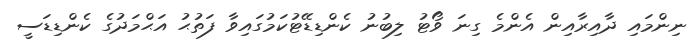
ނިންމައި ދާއިރާއިން އެންމެ ގިނަ ވޯޓު ލިބުނު ކެންޑިޑޭޓުކަމުގައިވާ ފަތުޙު އަޙްމަދުގެ ކެންޑިޑަސީ